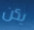
يكن